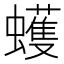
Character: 蠖